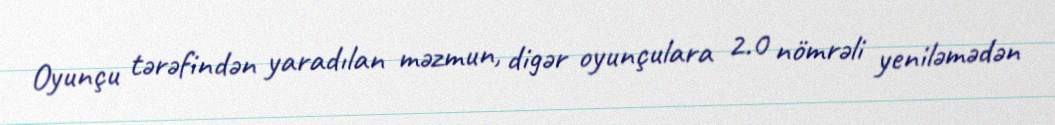
Oyunçu tərəfindən yaradılan məzmun, digər oyunçulara 2.0 nömrəli yeniləmədən